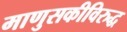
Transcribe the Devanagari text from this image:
माणुसकीविरुद्ध